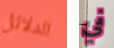
الدلائل في